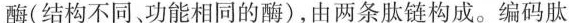
酶( 结构不同、功能相同的酶 )，由两条肽链构成。编码肽